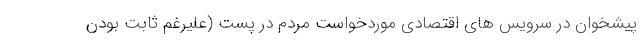
پیشخوان در سرویس های اقتصادی موردخواست مردم در پست (علیرغم ثابت بودن